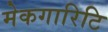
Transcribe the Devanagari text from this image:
मेकगारिटि